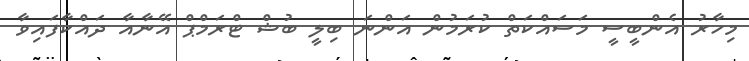
މިހާރު އެންބީސީ މަސައްކަތް ކުރަމުން އަންނަ ބިލީ ބުޝް ޓްރަމްޕް އޭނާއާ ދައްކާފައިވާ